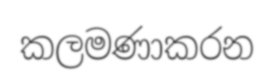
කලමණාකරන